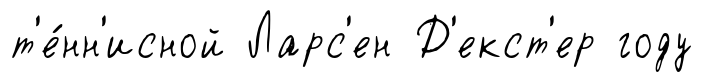
т'е́нн'исной Ларс'ен Д'екст'ер году